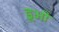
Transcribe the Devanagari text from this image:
डूओ